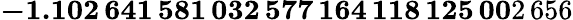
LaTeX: \mathbf{-1.102\, 641\, 581\, 032\, 577\, 164\, 118\, 125\, 00}2\, 656